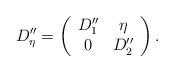
LaTeX: \begin{align*}D_\eta''=\left(\begin{array}{cc} D_1'' & \eta \\ 0 & D_2''\end{array}\right).\end{align*}